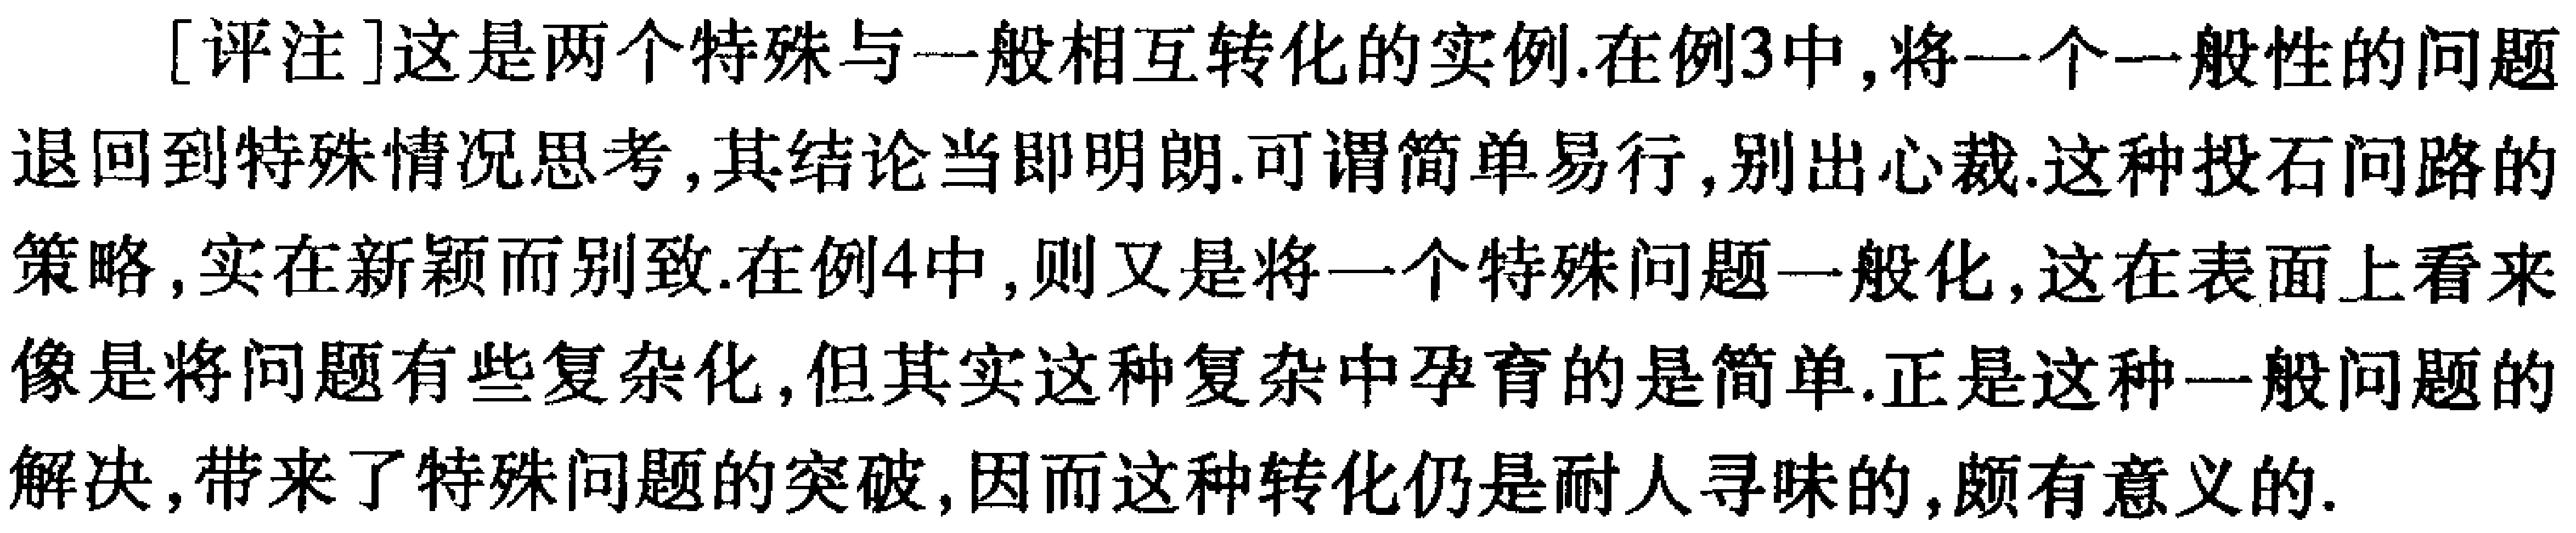
[评注]这是两个特殊与一般相互转化的实例.在例3中,将一个一般性的问题退回到特殊情况思考,其结论当即明朗.可谓简单易行,别出心裁.这种投石问路的策略,实在新颖而别致.在例4中,则又是将一个特殊问题一般化,这在表面上看来像是将问题有些复杂化,但其实这种复杂中孕育的是简单.正是这种一般问题的解决,带来了特殊问题的突破,因而这种转化仍是耐人寻味的,颇有意义的.